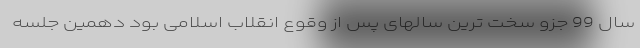
سال 99 جزو سخت ترین سالهای پس از وقوع انقلاب اسلامی بود دهمین جلسه